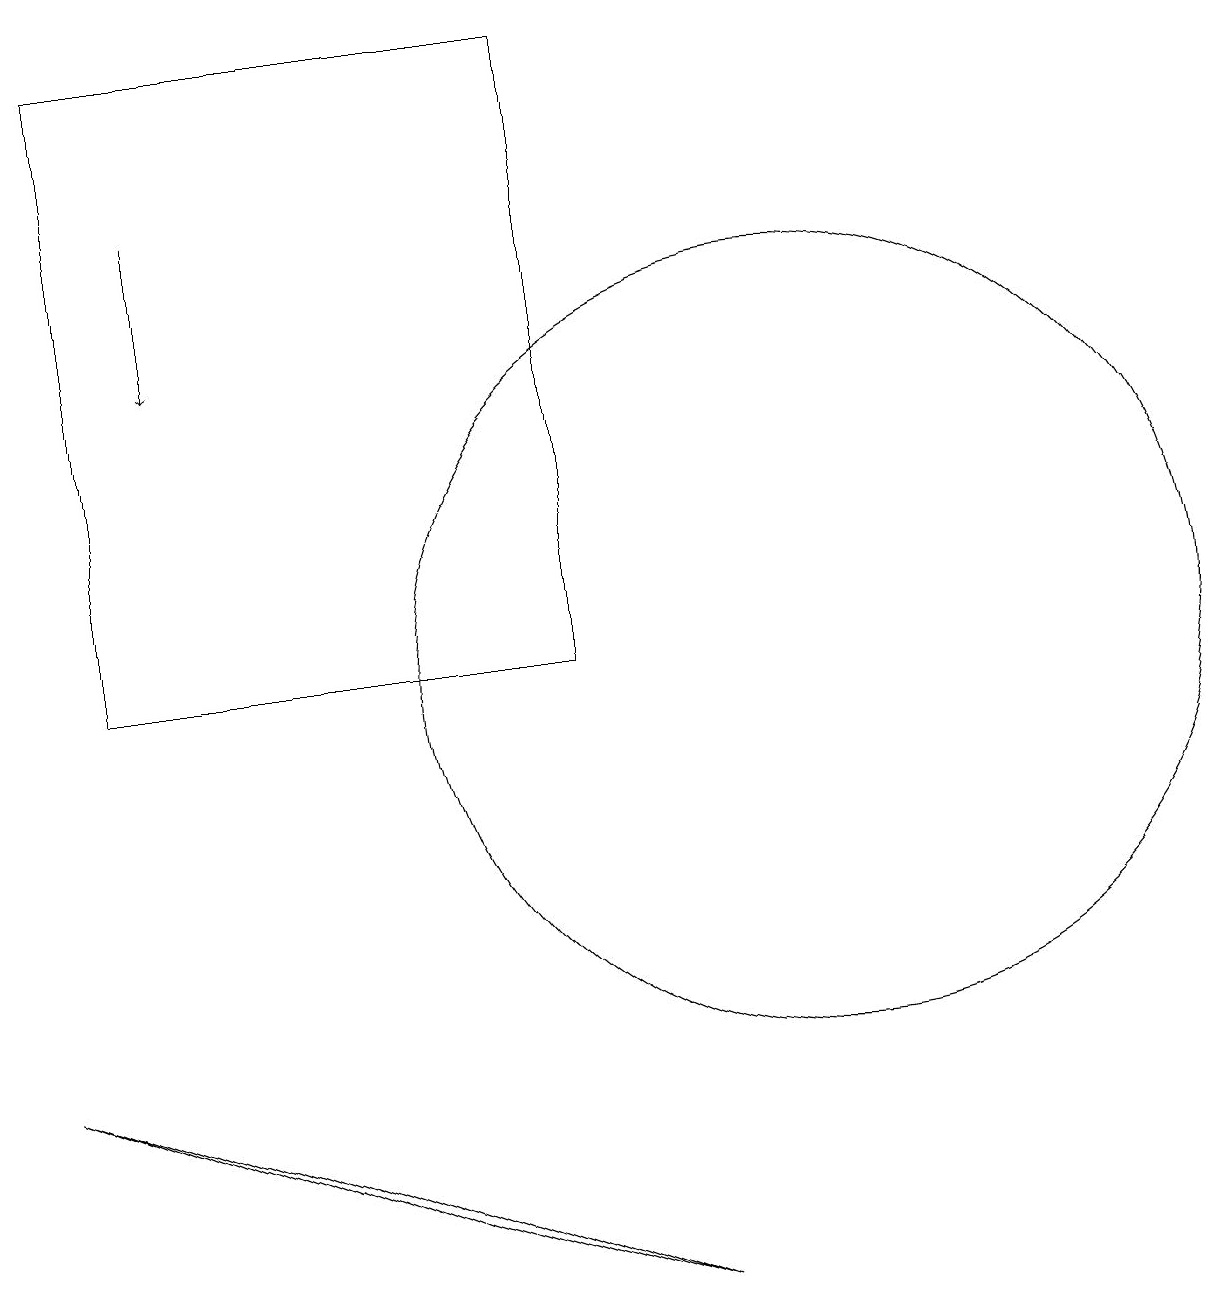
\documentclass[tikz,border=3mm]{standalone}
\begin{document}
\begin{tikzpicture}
\draw (10,10) circle (5);
\draw[->] (2,16) -- (2,14);
\draw (1,18) rectangle (7,10);
\draw (8,2) -- (5,3) -- (0,5) -- cycle;
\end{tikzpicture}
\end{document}